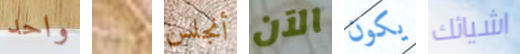
واحد بهذا أنجلس الآن يكون اشيائك